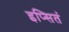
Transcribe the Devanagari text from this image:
इप्सितं